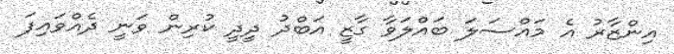
އިންޒާރު އެ މައްސަލަ ބައްލަވާ ގާޒީ އަބްދު ދީދީ ކުރިން ވަނީ ދެއްވައިފަ